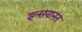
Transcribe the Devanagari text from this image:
इलख़ानत